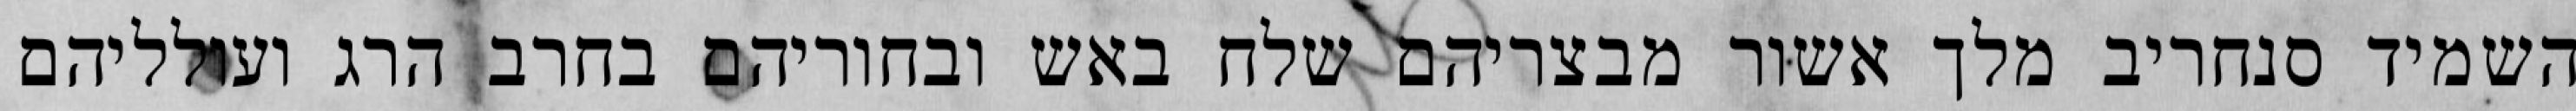
השמיד סנחריב מלך אשור מבצריהם שלח באש ובחוריהם בחרב הרג ועולליהם